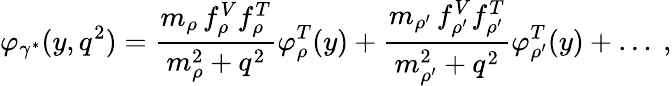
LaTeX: \varphi_{\gamma^{*}}(y,q^{2})=\frac{m_{\rho}\, f_{\rho}^{V}f_{\rho}^{T}}{m_{\rho}^{2}+q^{2}}\varphi_{\rho}^{T}(y)+\frac{m_{\rho^{\prime}}\, f_{\rho^{\prime}}^{V}f_{\rho^{\prime}}^{T}}{m_{\rho^{\prime}}^{2}+q^{2}}\varphi_{\rho^{\prime}}^{T}(y)+\ldots\ ,